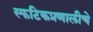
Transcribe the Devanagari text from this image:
स्फटिकप्रणालीचे